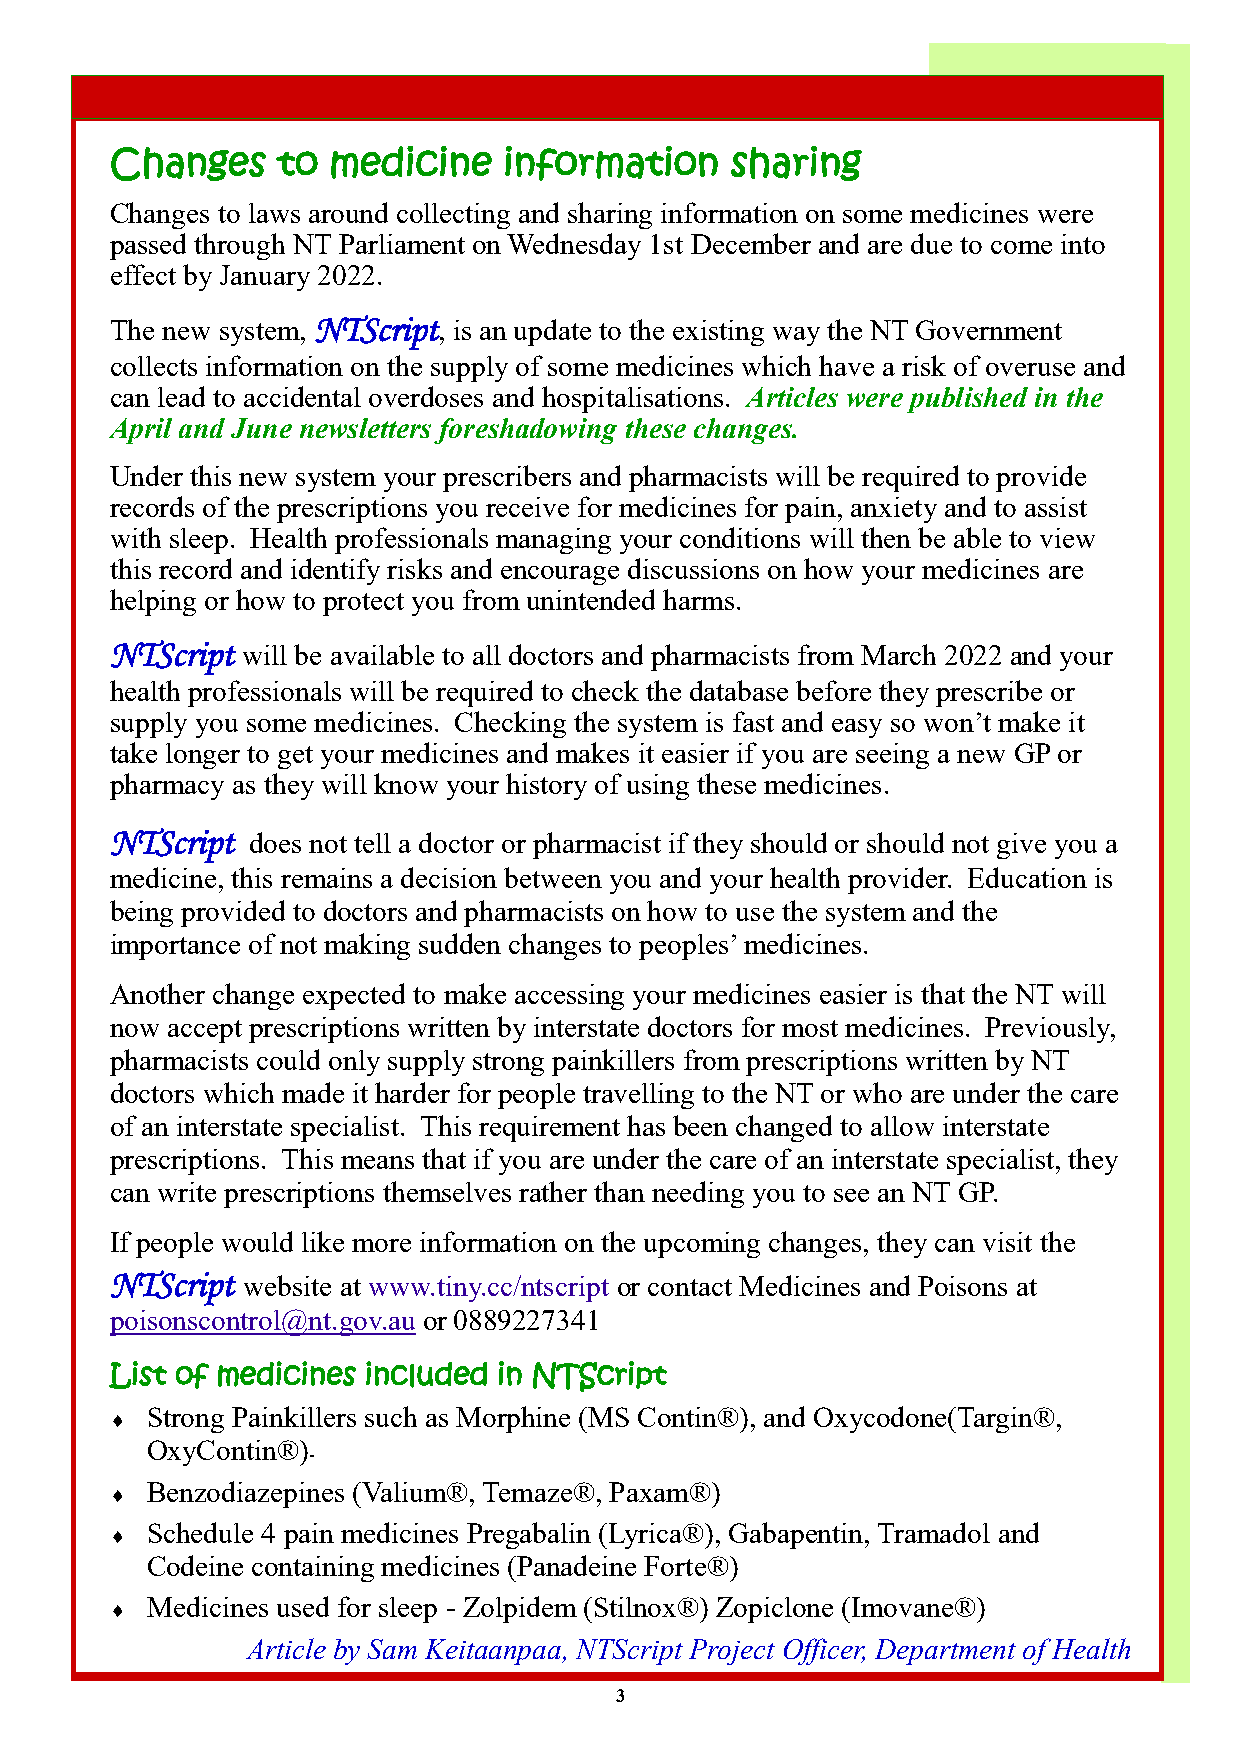
Changes    to  medicine   information    sharing
 Changes to laws around collecting and sharing information on some medicines were
 passed through NT Parliament on Wednesday 1st December and are due to come into
 effect by January 2022.
 The new system, NTScript, is an update to the existing way the NT Government
 collects information on the supply of some medicines which have a risk of overuse and
 can lead to accidental overdoses and hospitalisations. Articles were published in the
 April and June newsletters foreshadowing these changes.
 Under this new system your prescribers and pharmacists will be required to provide
 records of the prescriptions you receive for medicines for pain, anxiety and to assist
 with sleep. Health professionals managing your conditions will then be able to view
 this record and identify risks and encourage discussions on how your medicines are
 helping or how to protect you from unintended harms.
 NTScript will be available to all doctors and pharmacists from March 2022 and your
 health professionals will be required to check the database before they prescribe or
 supply you some medicines. Checking the system is fast and easy so won’t make it
 take longer to get your medicines and makes it easier if you are seeing a new GP or
 pharmacy as they will know your history of using these medicines.
 NTScript does not tell a doctor or pharmacist if they should or should not give you a
 medicine, this remains a decision between you and your health provider. Education is
 being provided to doctors and pharmacists on how to use the system and the
 importance of not making sudden changes to peoples’ medicines.
 Another change expected to make accessing your medicines easier is that the NT will
 now accept prescriptions written by interstate doctors for most medicines. Previously,
 pharmacists could only supply strong painkillers from prescriptions written by NT
 doctors which made it harder for people travelling to the NT or who are under the care
 of an interstate specialist. This requirement has been changed to allow interstate
 prescriptions. This means that if you are under the care of an interstate specialist, they
 can write prescriptions themselves rather than needing you to see an NT GP.
 If people would like more information on the upcoming changes, they can visit the
 NTScript website at www.tiny.cc/ntscript or contact Medicines and Poisons at
 poisonscontrol@nt.gov.au or 0889227341
 List of medicines included in NTScript
 Strong Painkillers such as Morphine (MS Contin®), and Oxycodone(Targin®,
 
 OxyContin®)
 -
 Benzodiazepines (Valium®, Temaze®, Paxam®)
 
 Schedule 4 pain medicines Pregabalin (Lyrica®), Gabapentin, Tramadol and
 
 Codeine containing medicines (Panadeine Forte®)
 Medicines used for sleep - Zolpidem (Stilnox®) Zopiclone (Imovane®)
 
 Article by Sam Keitaanpaa, NTScript Project Officer, Department of Health
 3